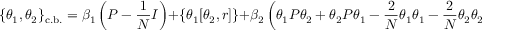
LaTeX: \{ \theta _ { 1 } , \theta _ { 2 } \} _ { \mathrm { c . b . } } = \beta _ { 1 } \left( P - \frac { 1 } { N } I \right) + \left\{ \theta _ { 1 } [ \theta _ { 2 } , r ] \right\} + \beta _ { 2 } \left( \theta _ { 1 } P \theta _ { 2 } + \theta _ { 2 } P \theta _ { 1 } - \frac { 2 } { N } \theta _ { 1 } \theta _ { 1 } - \frac { 2 } { N } \theta _ { 2 } \theta _ { 2 } \right) .